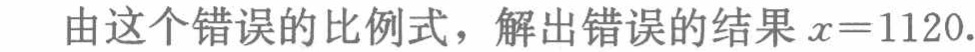
由这个错误的比例式，解出错误的结果\(x = 1120\).